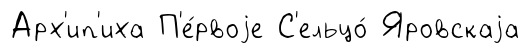
Арх'ип'иха П'е́рвоjе С'ельцо́ Яровскаjа